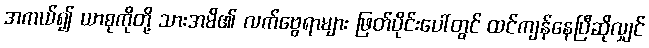
အကယ်၍ ယာစုကိုတို့ သားအမိ၏ လက်ဗွေရာများ ဖြတ်ပိုင်းပေါ်တွင် ထင်ကျန်နေပြီဆိုလျှင်